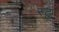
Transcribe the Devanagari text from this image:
स्टु